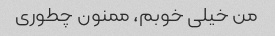
من خیلی خوبم، ممنون چطوری